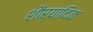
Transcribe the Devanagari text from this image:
शौर्यादिक